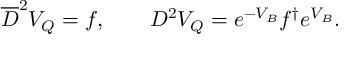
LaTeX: \overline { { D } } ^ { 2 } V _ { Q } = f , \qquad { \cal D } ^ { 2 } V _ { Q } = e ^ { - V _ { B } } f ^ { \dagger } e ^ { V _ { B } } .